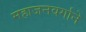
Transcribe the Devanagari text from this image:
महाजनवर्गाने